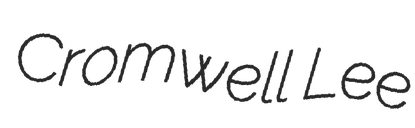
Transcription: Cromwell Lee